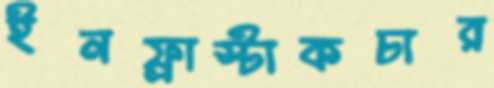
ইনফ্রাস্টাকচার